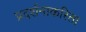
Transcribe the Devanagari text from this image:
प्रदर्शनाकरिता